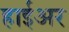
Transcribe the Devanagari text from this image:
हाईअर